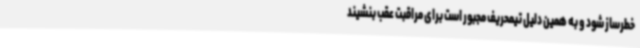
خطرساز شود و به همین دلیل تیمحریف مجبور است برای مراقبت عقب بنشیند